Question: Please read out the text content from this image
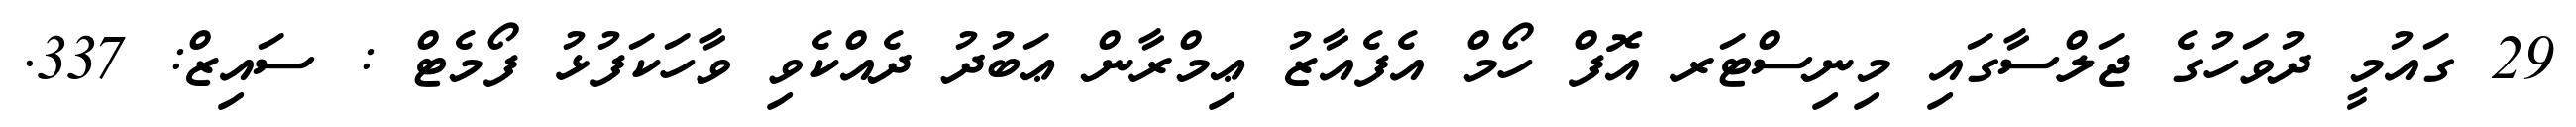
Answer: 29 ގައުމީ ދުވަހުގެ ޖަލްސާގައި މިނިސްޓަރ އޮފް ހޯމް އެފެއާޒު ޢިމްރާން ޢަބުދު ދެއްކެވި ވާހަކަފުޅު ފޯމެޓް : ސައިޒް: 337.